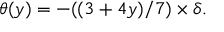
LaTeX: \theta ( y ) = - ( ( 3 + 4 y ) / 7 ) \times \delta .